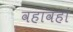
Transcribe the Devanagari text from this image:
वहांवहां